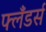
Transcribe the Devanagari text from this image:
फ्लँडर्स